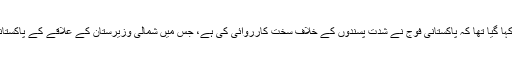
ایک اور سوال میں کہا گیا تھا کہ پاکستانی فوج نے شدت پسندوں کے خلاف سخت کارروائی کی ہے، جس میں شمالی وزیرستان کے علاقے کے پاکستانی طالبان شامل ہیں۔